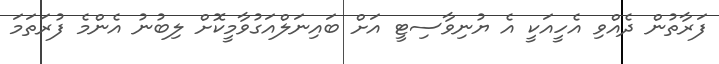
ފަރާތުން ދެއްވި އެހީއަކީ އެ ޔުނިވާސިޓީ އަށް ބައިނަލްއަގުވާމީކޮށް ލިބުނު އެންމެ ފުރަތަމަ